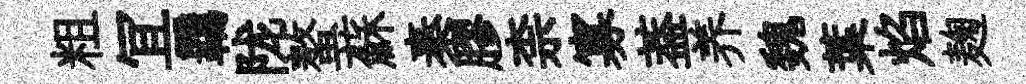
粗冝覊陇螯蘇秦膠柰寡葢养魏葉焰麹